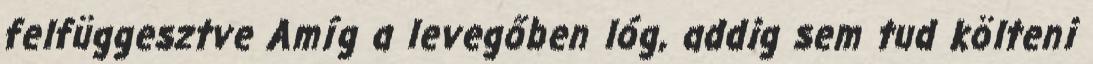
felfüggesztve Amíg a levegőben lóg, addig sem tud költeni